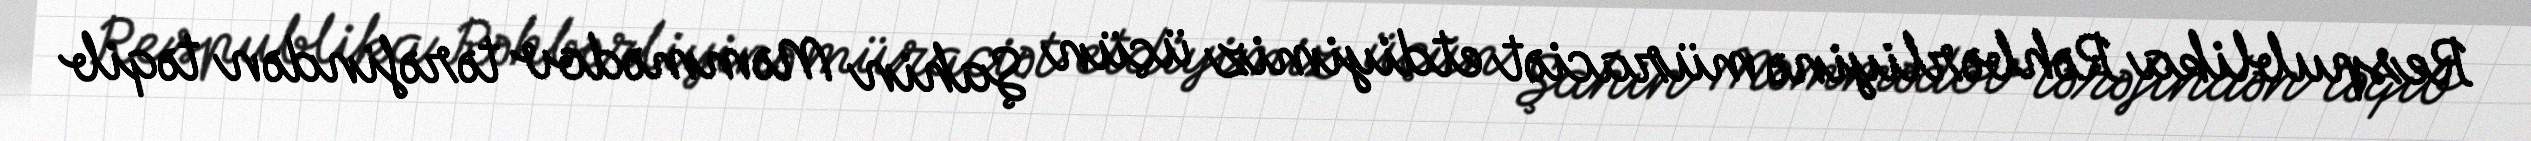
Respublika Rəhbərliyinə müraciət etdiyimiz üçün Şahin Məmmədov tərəfindən təqib